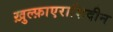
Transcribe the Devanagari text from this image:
ख़ुल्फ़ाएराशिदीन